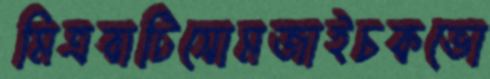
মিত্রবাটিসোমজাইচকভো